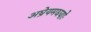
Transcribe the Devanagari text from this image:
अघ्रेयमद्ययोः